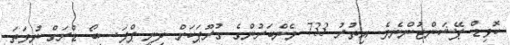
ކޮވިޑް ޕޭޝަންޓުންނެވެ. އިތުރު 733 މެންބަރުންގެ ގުރޫޕަކަށް ދިނީ ޕްލަސީބޯ ޑްރަގް ނުވަތަ